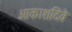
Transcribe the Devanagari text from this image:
आकाशदिवे